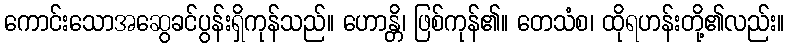
ကောင်းသောအဆွေခင်ပွန်းရှိကုန်သည်။ ဟောန္တိ၊ ဖြစ်ကုန်၏။ တေသံစ၊ ထိုရဟန်းတို့၏လည်း။